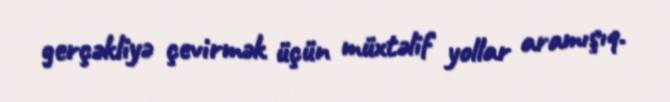
gerçəkliyə çevirmək üçün müxtəlif yollar aramışıq.